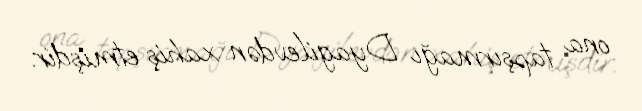
ona tapşırmağı Dyagilevdən xahiş etmişdir.